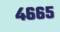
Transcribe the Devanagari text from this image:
४६६५